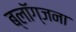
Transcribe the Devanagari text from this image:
ब्लॉग्जना